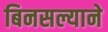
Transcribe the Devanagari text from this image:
बिनसल्याने